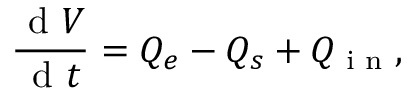
\frac { \textrm { d } V } { \textrm { d } t } = Q _ { e } - Q _ { s } + Q _ { \textrm { i n } } ,